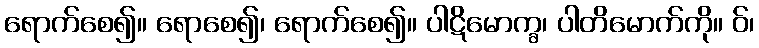
ရောက်စေ၍။ ရောစေ၍၊ ရောက်စေ၍။ ပါဋိမောက္ခ၊ ပါတိမောက်ကို။ ဝ်၊